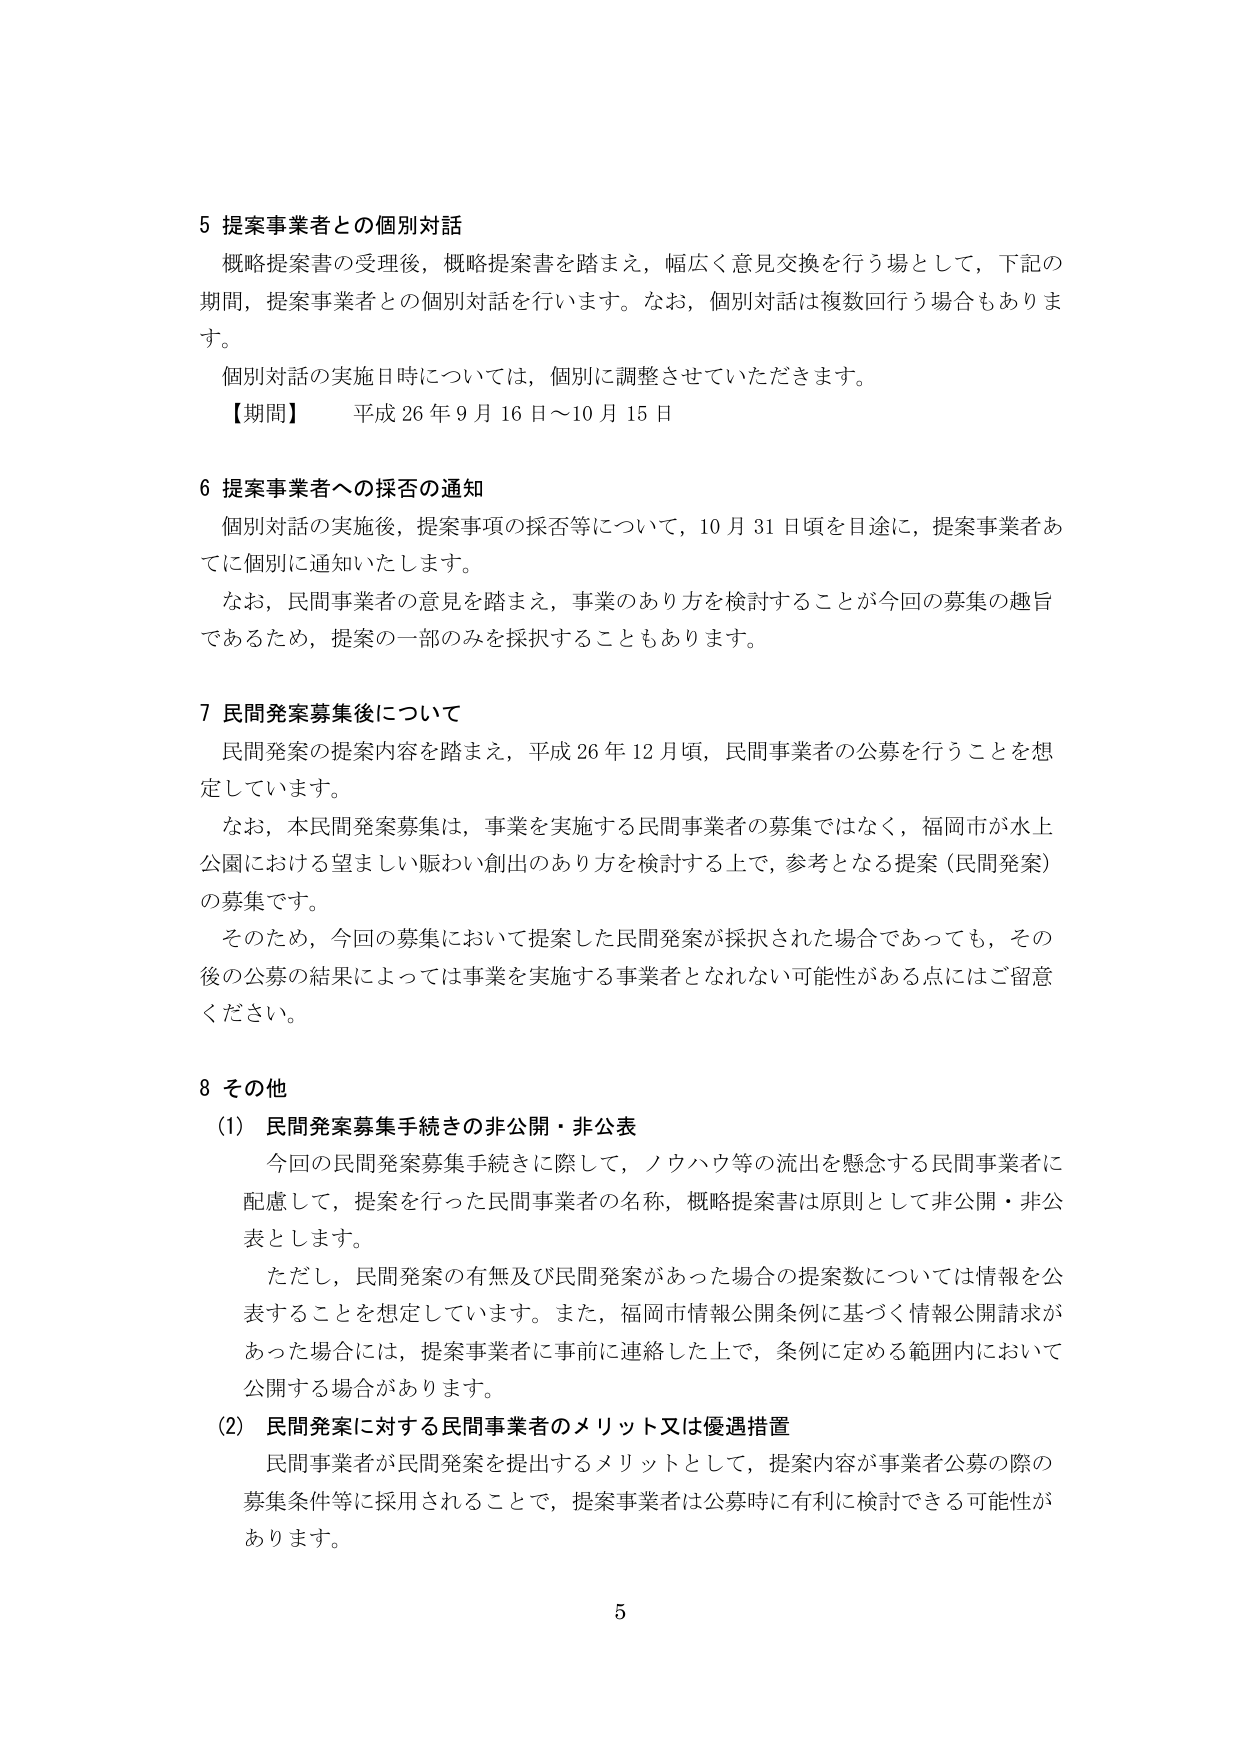
5 提案事業者との個別対話
概略提案書の受理後，概略提案書を踏まえ，幅広く意見交換を行う場として，下記の期間，提案事業者との個別対話を行います。なお，個別対話は複数回行う場合もあります。
個別対話の実施日時については，個別に調整させていただきます。
【期間】 平成26年9月16日～10月15日

6 提案事業者への採否の通知
個別対話の実施後，提案事項の採否等について，10月31日頃を目途に，提案事業者あてに個別に通知いたします。
なお，民間事業者の意見を踏まえ，事業のあり方を検討することが今回の募集の趣旨であるため，提案の一部のみを採択することもあります。

7 民間発案募集後について
民間発案の提案内容を踏まえ，平成26年12月頃，民間事業者の公募を行うことを想定しています。
なお，本民間発案募集は，事業を実施する民間事業者の募集ではなく，福岡市が水上公園における望ましい賑わい創出のあり方を検討する上で，参考となる提案（民間発案）の募集です。
そのため，今回の募集において提案した民間発案が採択された場合であっても，その後の公募の結果によっては事業を実施する事業者とされない可能性がある点にはご留意ください。

8 その他
(1) 民間発案募集手続きの非公開・非公表
今回の民間発案募集手続きに際して，ノウハウ等の流出を懸念する民間事業者に配慮して，提案を行った民間事業者の名称，概略提案書は原則として非公開・非公表とします。
ただし，民間発案の有無及び民間発案があった場合の提案数については情報を公表することを想定しています。また，福岡市情報公開条例に基づく情報公開請求があった場合には，提案事業者に事前に連絡した上で，条例に定める範囲内において公開する場合があります。
(2) 民間発案に対する民間事業者のメリット又は優遇措置
民間事業者が民間発案を提出するメリットとして，提案内容が事業者公募の際の募集条件等に採用されることで，提案事業者は公募時に有利に検討できる可能性があります。

5